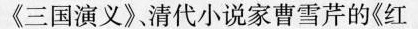
《三国演义》清代小说家曹雪芹的《红